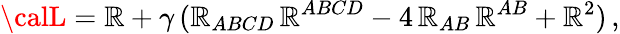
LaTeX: {\calL}=\mathbb{R}+\gamma\, (\mathbb{R}_{ABCD}\, \mathbb{R}^{ABCD}-4\, \mathbb{R}_{AB}\, \mathbb{R}^{AB}+\mathbb{R}^{2})\, ,